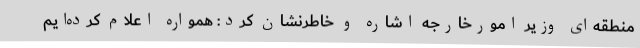
منطقه‌ای وزیر امورخارجه اشاره و خاطرنشان کرد: همواره اعلام کرده‌ایم